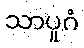
သာပူဂံ